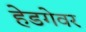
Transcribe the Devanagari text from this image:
हेडगेवर